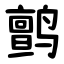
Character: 鹯